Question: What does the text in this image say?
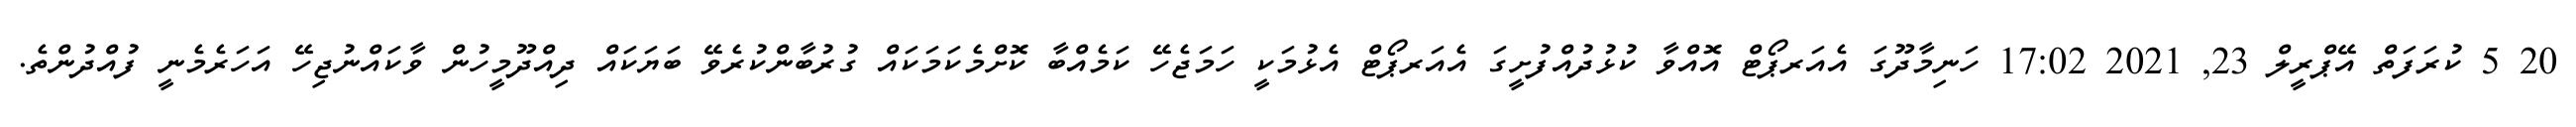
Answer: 20 5 ކުރަފަތް އޭޕްރީލް 23, 2021 17:02 ހަނިމާދޫގަ އެއަރޕޯޓް އޮއްވާ ކުޅުދުއްފުށީގަ އެއަރޕޯޓް އެޅުމަކީ ހަމަޖެހޭ ކަމެއްބާ ކޮށްމެކަމަކައް ގުރުބާންކުރެވޭ ބަޔަކައް ދިއްދޫމީހުން ވާކައްނުޖިހޭ އަހަރެމެނީ ފުއްދުންތެ.